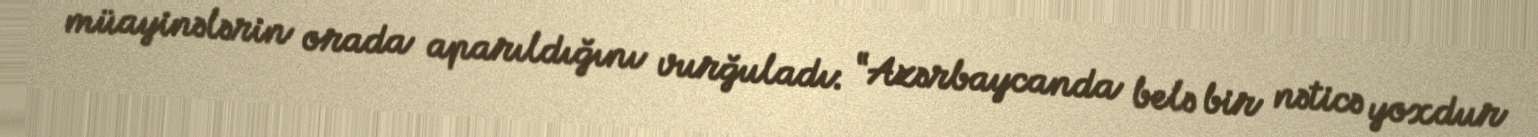
müayinələrin orada aparıldığını vurğuladı: “Azərbaycanda belə bir nəticə yoxdur